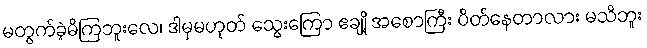
မတွက်ခဲ့မိကြဘူးလေ၊ ဒါမှမဟုတ် သွေးကြော ဧချို့ အစောကြီး ပိတ်နေတာလား မသိဘူး